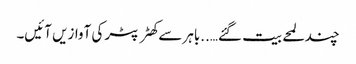
چند لمحے بیت گئے…..باہر سے کھٹر پٹر کی آوازیں آئیں۔